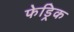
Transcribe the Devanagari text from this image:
फेड्रिक